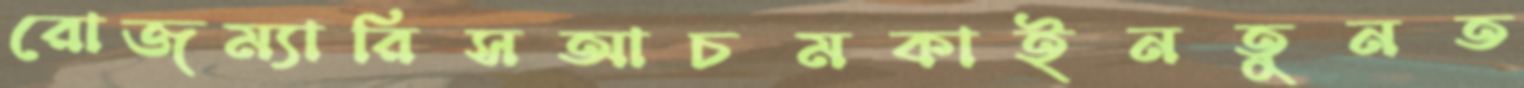
রোজম্যারিসআচমকাইনতুনত